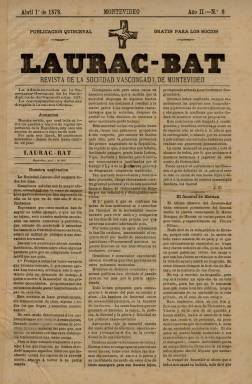
Título: Laurac-Bat (Montevideo)
Otros títulos: Laurac Bat || Título: Laurak-Bat, 15 en. 1881-27 nov. 1884 || Laurak Bat
Colección: Revistas de información general
Ámbito geográfico: Uruguay
Lugar de publicación: Montevideo
Fechas: 01/04/1878-16/04/1884